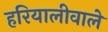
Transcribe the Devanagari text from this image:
हरियालीवाले